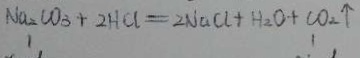
N a _ { 2 } C O _ { 3 } + 2 H C l = 2 N a C l + H _ { 2 } O + C O _ { 2 } \uparrow